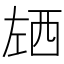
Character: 𰏌